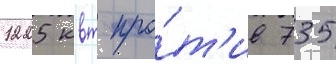
1225 квт про́т'ив 735